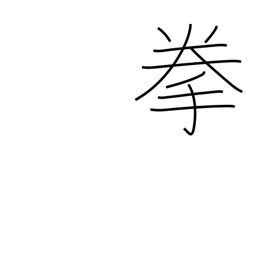
Meaning: fist